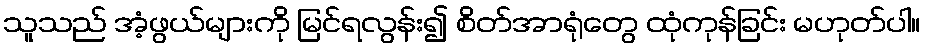
သူသည် အံ့ဖွယ်များကို မြင်ရလွန်း၍ စိတ်အာရုံတွေ ထုံကုန်ခြင်း မဟုတ်ပါ။